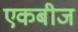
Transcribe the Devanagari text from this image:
एकबीज